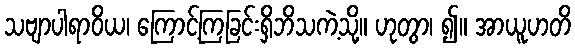
သဗျာပါရာဝိယ၊ ကြောင့်ကြခြင်းရှိဘိသကဲ့သို့။ ဟုတွာ၊ ၍။ အာယူဟတိ